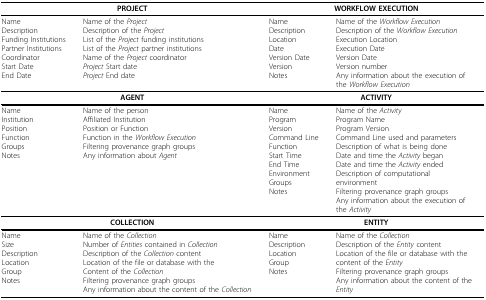
<table><thead><tr><td colspan="2"><b>PROJECT</b></td><td colspan="2"><b>WORKFLOW EXECUTION</b></td></tr></thead><tbody><tr><td>NameDescriptionFunding InstitutionsPartner InstitutionsCoordinatorStart DateEnd Date</td><td>Name of the <i>Project</i>Description of the <i>Project</i>List of the <i>Project </i>funding institutionsList of the <i>Project </i>partner institutionsName of the <i>Project </i>coordinator<i>Project </i>Start date<i>Project </i>End date</td><td>NameDescriptionLocationDateVersion DateVersionNotes</td><td>Name of the <i>Workflow Execution</i>Description of the <i>Workflow Execution</i>Execution LocationExecution DateVersion DateVersion numberAny information about the execution ofthe <i>Workflow Execution</i></td></tr><tr><td colspan="2"><b>AGENT</b></td><td colspan="2"><b>ACTIVITY</b></td></tr><tr><td>NameInstitutionPositionFunctionGroupsNotes</td><td>Name of the personAffiliated InstitutionPosition or FunctionFunction in the <i>Workflow Execution</i>Filtering provenance graph groupsAny information about <i>Agent</i></td><td>NameProgramVersionCommand LineFunctionStart TimeEnd TimeEnvironmentGroupsNotes</td><td>Name of the <i>Activity</i>Program NameProgram VersionCommand Line used and parametersDescription of what is being doneDate and time the <i>Activity </i>beganDate and time the <i>Activity </i>endedDescription of computationalenvironmentFiltering provenance graph groupsAny information about the execution ofthe <i>Activity</i></td></tr><tr><td colspan="2"><b>COLLECTION</b></td><td colspan="2"><b>ENTITY</b></td></tr><tr><td>NameSizeDescriptionLocationGroupNotes</td><td>Name of the <i>Collection</i>Number of <i>Entities </i>contained in <i>Collection</i>Description of the <i>Collection </i>contentLocation of the file or database with theContent of the <i>Collection</i>Filtering provenance graph groupsAny information about the content of the <i>Collection</i></td><td>NameDescriptionLocationGroupNotes</td><td>Name of the <i>Collection</i>Description of the <i>Entity </i>contentLocation of the file or database with thecontent of the <i>Entity</i>Filtering provenance graph groupsAny information about the content of the<i>Entity</i></td></tr></tbody></table>